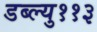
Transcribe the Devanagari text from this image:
डब्ल्यु११३